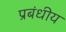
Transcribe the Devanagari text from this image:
प्रबंधीय